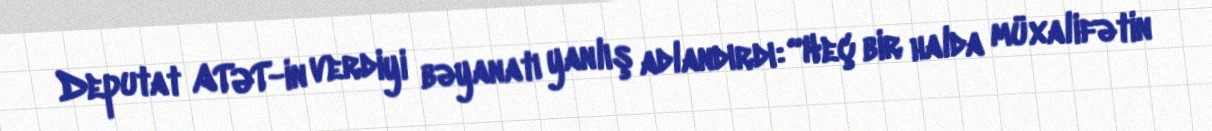
Deputat ATƏT-in verdiyi bəyanatı yanlış adlandırdı: “Heç bir halda müxalifətin